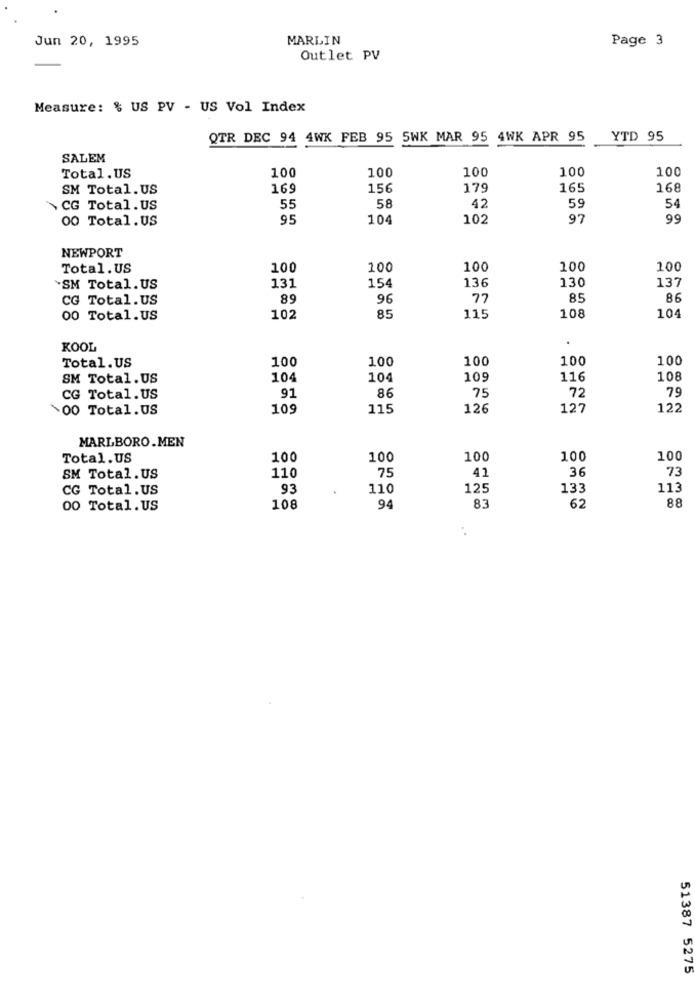
Jun 20, 1995
MARLIN
Page 3
Outlet PV
Measure: $ US PV - US Vol Index
QTR DEC 94 4WK FEB 95 5WK MAR 95 4WK APR 95
YTD 95
SALEM
100
100
100
100
100
Total. US
SM Total. US
169
156
179
165
168
\CG Total.US
55
58
42
59
54
00 Total. US
95
104
102
97
NEWPORT
Total.US
100
100
100
100
100
131
154
136
130
137
SM Total. US
CG Total.US
89
96
77
85
86
00 Total.US
102
85
115
108
104
KOOL
100
100
100
100
100
Total.US
SM Total.US
104
104
109
116
108
91
86
75
72
79
CG Total.US
¥00 Total.US
109
115
126
127
122
MARLBORO.MEN
Total. US
100
100
100
100
100
110
75
41
36
73
SM Total. US
CG Total.US
93
110
125
133
113
83
88
00 Total.US
108
94
62
51387 5275